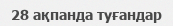
28 ақпанда туғандар